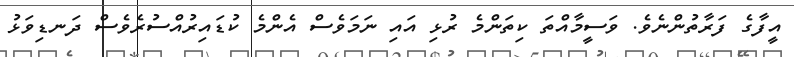
އީފާގެ ފަރާތުންނެވެ. ވަސީމާއްތަ ކިތަންމެ ރުޅި އައި ނަމަވެސް އެންމެ ކުޑައިރުއްސުރެވެސް ދަނޑިވަޅު